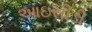
આઇસીડી